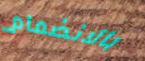
بالانضمام